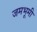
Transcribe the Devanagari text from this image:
जमभूमी